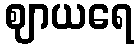
ဈာယရေ